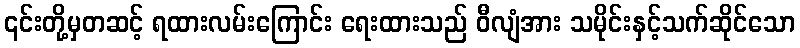
၎င်းတို့မှတဆင့် ရထားလမ်းကြောင်း ရေးထားသည် ဝီလျံအား သမိုင်းနှင့်သက်ဆိုင်သော